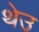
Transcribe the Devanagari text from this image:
थेउ